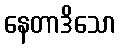
နေတာဒိသော